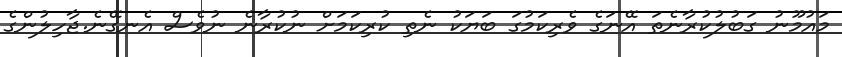
މައުމޫނު ގަބުލުކުރާނެތަ އޭނަގެ ވެރިކަމުގަ ބަޔަކު ނެތި ކުރިކަމަށް ނުކުރާނެ ނުވެސް އެނގޭނެ.ޖާހިލުންގެ